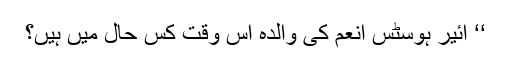
‘‘ ائیر ہوسٹس انعم کی والدہ اس وقت کس حال میں ہیں؟